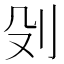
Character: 𠚹